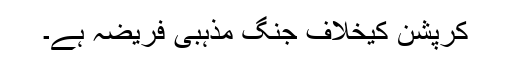
کرپشن کیخلاف جنگ مذہبی فریضہ ہے۔